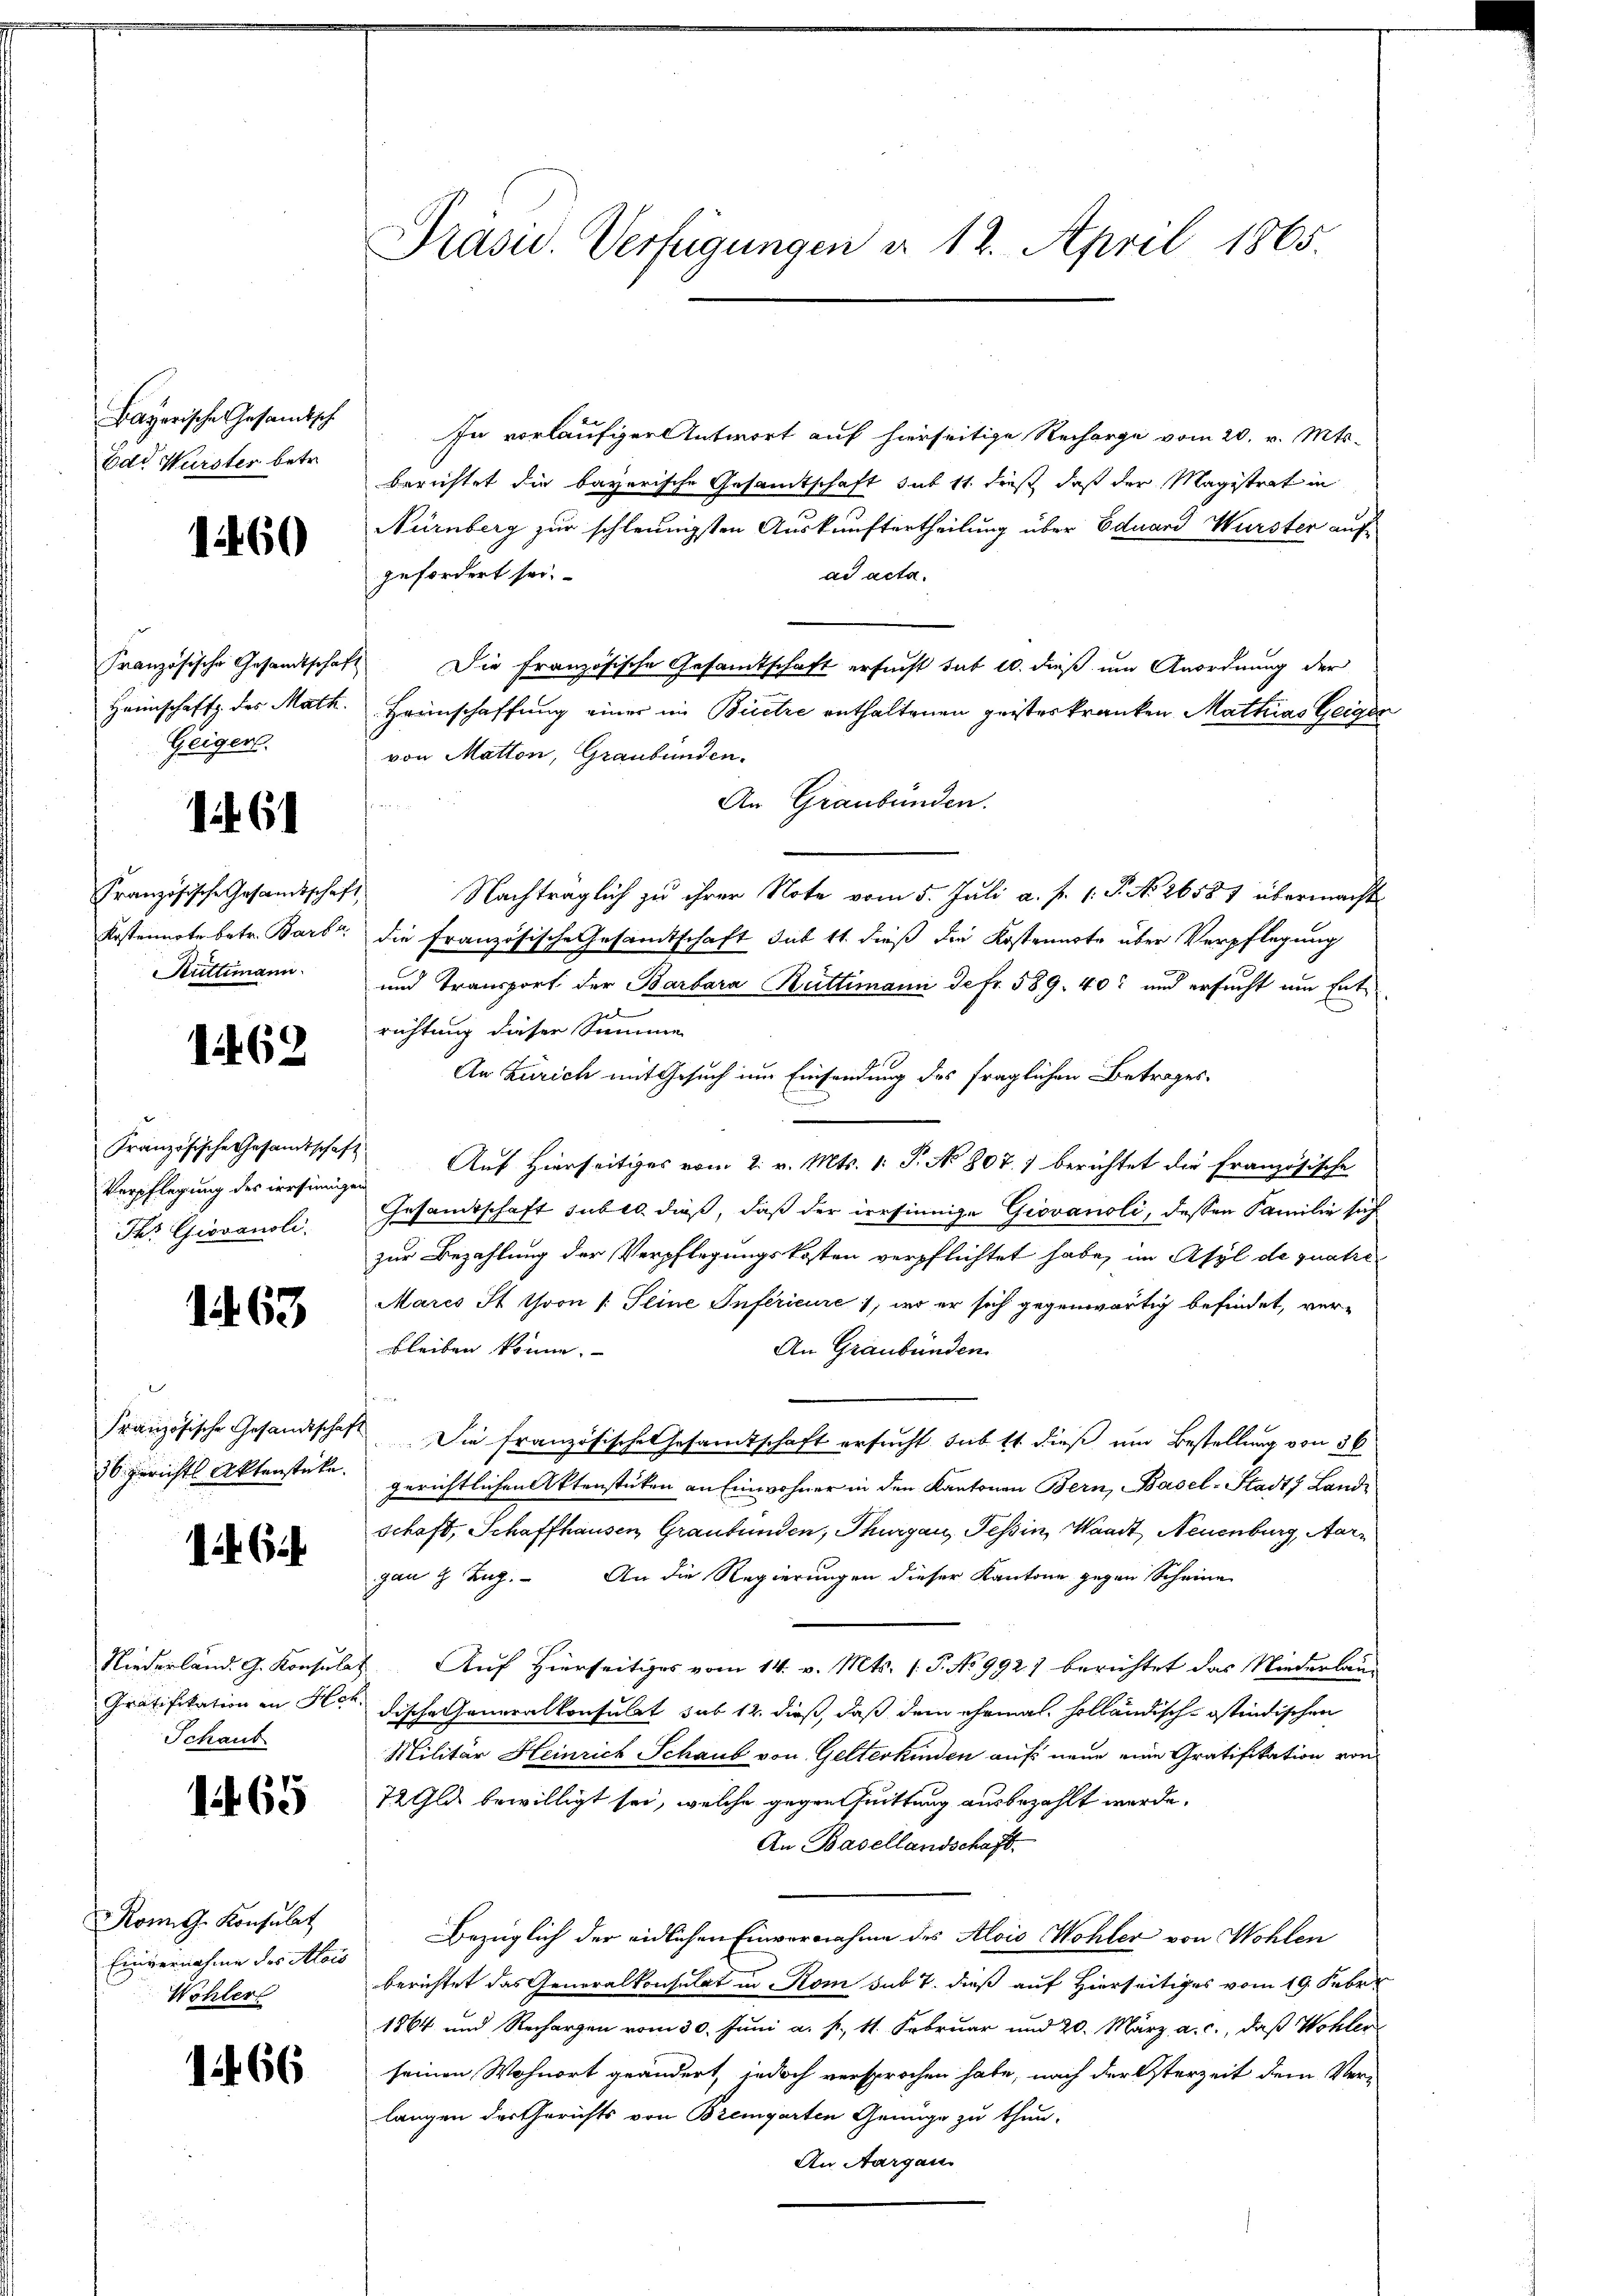
Bayerische Gesandtsch
Edt Würster betr.

1260

Französische Gesandtschaft
Haunschaft des Math.
Geigers.

1261

Französische Gesandtschaft
Kostennote betr. Barba
rittimann.

162

Französische Gesandtschaft
Verpflegung des irrsinige
Ihr. Giovanoli.

d 63

Französische Gesandtschaft
36. gerichts Aktenstücke.

i Ge

Niederland. G. Konsulat
Gratifikation an Hch.
Schaub

165

Komit Konsulat
Einvernahme des Alois
Wöhler

1466

Präsid. Verfügungen d. 12. April 1865

In vorläufiger Antwort auf hierseitige Recharge vom 20. v. Mts.
berichtet die bayerische Gesandtschaft sub 11. dieß, daß der Magistrat in
Nürnberg zur schleunigsten Auskunftertheilung über Eduard Würster aufad acta.
gefordert sei.
Die Französische Gesamtschaft ersucht sub 10. dieß um Anordnung der
Heimschaffung einer im Bietze enthaltenen geisteskranken Mathias Geiger
von Matton, Graubünden.
An Graubünden.
 x
Nachträglich zu ihrer Note vom 5. Juli a. f. 1. P. No 26581 übermacht
die Französische Gesamtschaft sub 11 dieß die Kostennote über Verpflegung
E
und Transport der Barbara Rüttimann de fr. 589. 40 und ersucht am Entrichtung dieser Summe
An Zürich mit Gesuch im Einsendung des fraglichen Betrages-
Auf Hierseitiges vom 2. v. Mts. 1. P. No 807. berichtet die Französische
Gesamtschaft suble dieß, daß der dersinnige Giovanoli, dessen Familie sich
zur Bezahlung der Verpflegungskosten verpflichtet habe, im Asyl de quali¬
Mares St thoon /: Seine Inférieure 1, wo er sich gegenwärtig befindet, verbleiben könne.
An Graubünden
Die französische Gesamtschaft ersucht, sub 11 dieß um Bestellung von 36
gerichtlichen Aktenstücken an Einwohner in den Kantonen Bern, Basel-Stadt Landschaft, Schaffhausen Graubünden, Thurgau, Tessin, Waadt, Neuenburg, Aargan 2 Zug. An die Regierungen dieser Kantone gegen Scheine
Auf Hierseitiges vom 14. v. Mts. (T. No 992) berichtet das Niederlaudische Generalkonsulat sub 12. dieß, daß dem ehemal, holländisch-östindischen
Militär Heinrich Schaub von Gelterkinden auf neue eine Gratifikation von
72 Gld bewilligt sei, welche gegen Quittung ausbezahlt werde.
An Basellandschaft.
Bezüglich der eidlichen Einvernahme des Alois Wohler von Wohlen
berichtet das Generalkonsulat in Rom sub 7. dieß auf Hierseitiges vom 19. Febr.
1864 und Rechargen vom 30. Juni a. p. 11. Februar und 20. März a. c., daß Wohler
seinen Wohnort geändert, jedoch versprochen habe, nach der Osterzeit dem Verlangen des Gerichts von Bremgarten Genüge zu thun-
An Aargau.